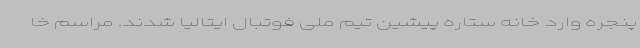
پنجره وارد خانه ستاره پیشین تیم ملی فوتبال ایتالیا شدند. مراسم خا